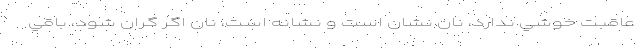
عاقبت خوشي ندارد، نان نشان است و نشانه است، نان اگر گران شود، باقي